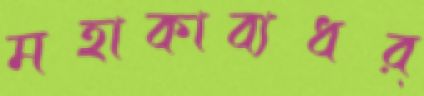
মহাকাব্যধর্